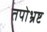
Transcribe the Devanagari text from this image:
तपोभ्रष्ट